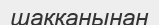
шаққанынан